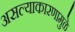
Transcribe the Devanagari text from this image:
असल्याकारणामुळे